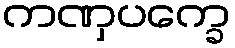
ကဏှပက္ခေ